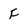
Character: F